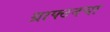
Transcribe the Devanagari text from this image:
ग्राफ्टनचा